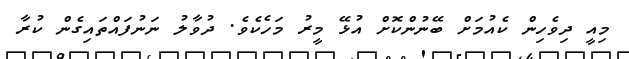
މިއީ ދިވެހިން ކެއުމަށް ބޭނުންކޮށް އުޅޭ މީރު މަހެކެވެ. ދުވާލު ނަނުފައްތައިގެން ކުރާ